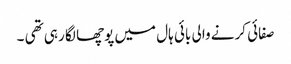
صفائی کرنے والی بائی ہال میں پوچھا لگا رہی تھی ۔